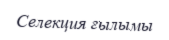
Селекция ғылымы